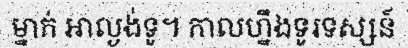
ម្នាក់ អាល្ងង់ទូ។ កាលហ្នឹងទូរទស្សន៍